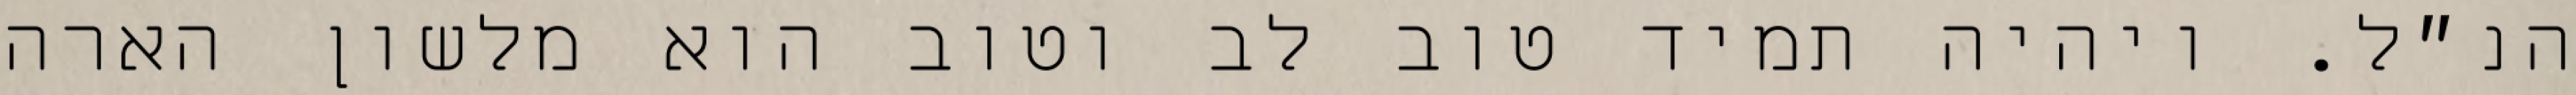
הנ״ל. ויהיה תמיד טוב לב וטוב הוא מלשון הארה